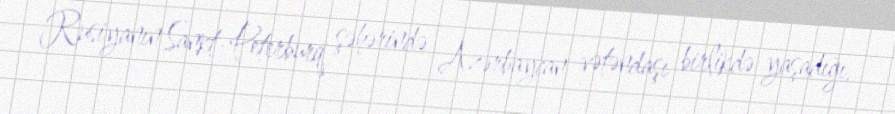
Rusiyanın Sankt-Peterburq şəhərində Azərbaycan vətəndaşı birlikdə yaşadığı,